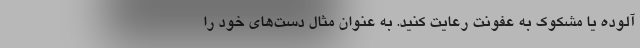
آلوده یا مشکوک به عفونت رعایت کنید. به‌ عنوان‌ مثال دست‌های خود را